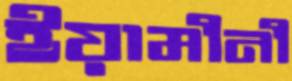
ইয়ামীনী